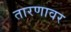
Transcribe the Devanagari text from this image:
तारणावर